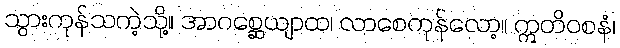
သွားကုန်သကဲ့သို့။ အာဂစ္ဆေယျာထ၊ လာစေကုန်လော့။ ဣတိဝစနံ၊